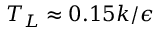
T _ { L } \approx 0 . 1 5 k / \epsilon